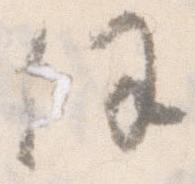
任